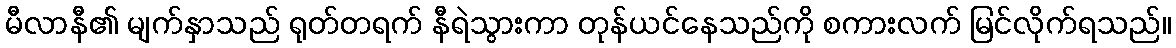
မီလာနီ၏ မျက်နှာသည် ရုတ်တရက် နီရဲသွားကာ တုန်ယင်နေသည်ကို စကားလက် မြင်လိုက်ရသည်။